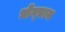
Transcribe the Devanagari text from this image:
धोंग्चाय